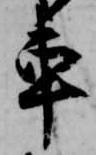
車